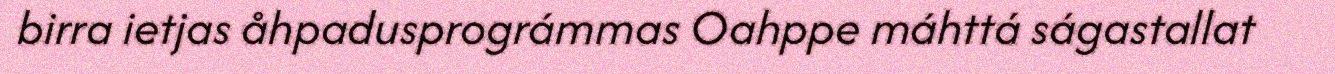
birra ietjas åhpadusprográmmas Oahppe máhttá ságastallat